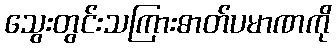
သွေးတွင်းသကြားဓာတ်ပမာဏကို